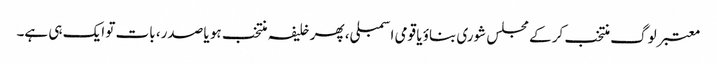
معتبر لوگ منتخب کر کے مجلس شوری بناؤ یا قومی اسمبلی، پھر خلیفہ منتخب ہو یا صدر، بات تو ایک ہی ہے۔